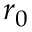
r _ { 0 }